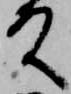
殿